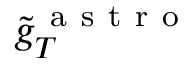
\tilde { g } _ { T } ^ { \mathrm { ~ a ~ s ~ t ~ r ~ o ~ } }